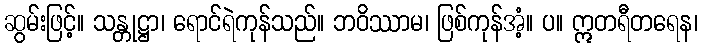
ဆွမ်းဖြင့်။ သန္တုဋ္ဌာ၊ ရောင်ရဲကုန်သည်။ ဘဝိဿာမ၊ ဖြစ်ကုန်အံ့။ ပ။ ဣတရီတရေန၊